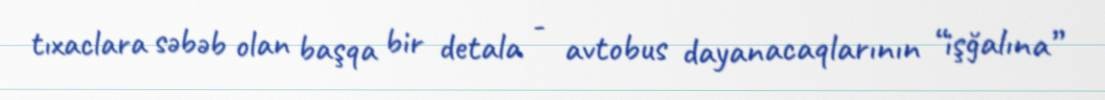
tıxaclara səbəb olan başqa bir detala - avtobus dayanacaqlarının “işğalına”